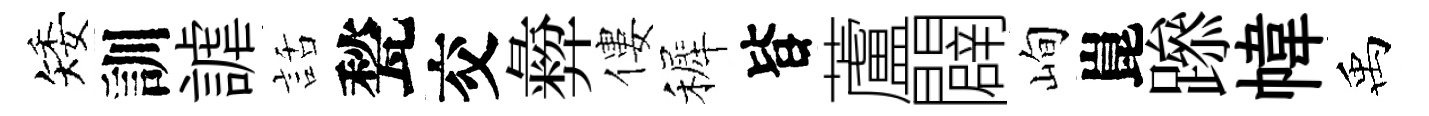
矮訓謔話甃交彜僂裤𣅜蘆闢峋崑𨅶幃禹